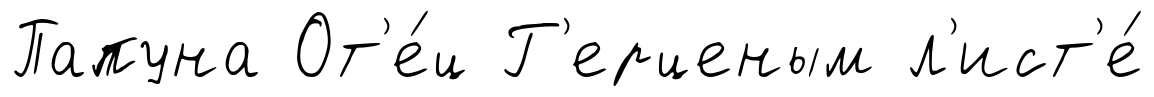
Папуна От'е́ц Г'ерценым л'ист'е́